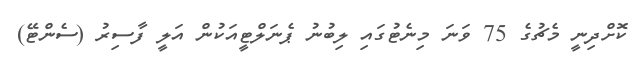
ކޮށްދިނީ މެޗުގެ 75 ވަނަ މިނެޓުގައި ލިބުނު ޕެނަލްޓީއަކުން އަލީ ފާސިރު (ސެންޓޭ)